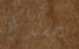
بجسدك